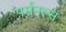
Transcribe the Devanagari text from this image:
पर्सनल्स